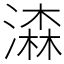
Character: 潹